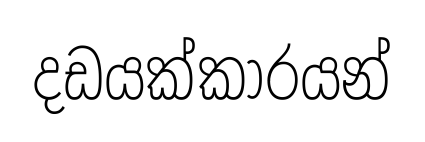
දඩයක්කාරයන්